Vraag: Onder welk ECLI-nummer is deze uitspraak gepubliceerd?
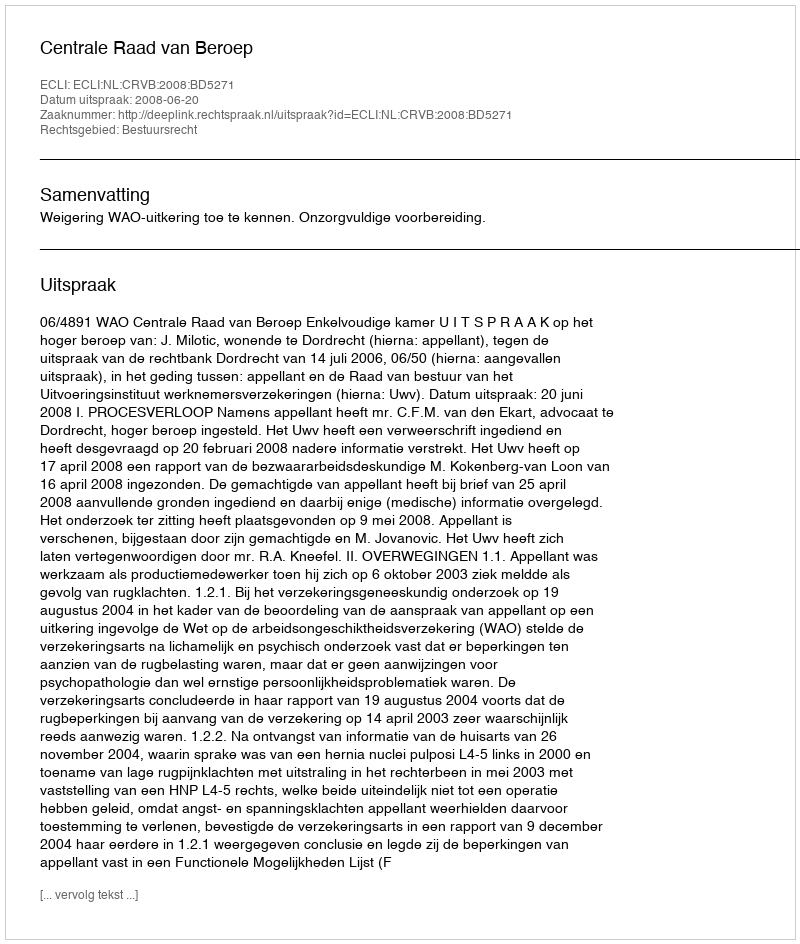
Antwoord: ECLI:NL:CRVB:2008:BD5271